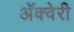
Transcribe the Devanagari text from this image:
अॅक्वेरी